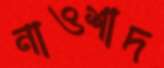
নাওশাদ